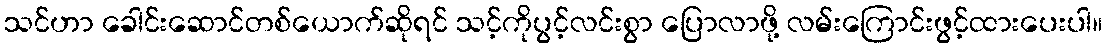
သင်ဟာ ခေါင်းဆောင်တစ်ယောက်ဆိုရင် သင့်ကိုပွင့်လင်းစွာ ပြောလာဖို့ လမ်းကြောင်းဖွင့်ထားပေးပါ။